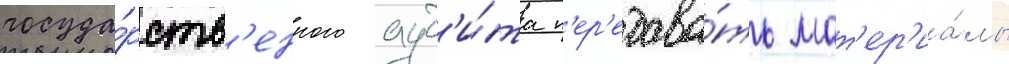
госуда́рств'енного ауд'и́та п'ер'едава́ть мат'ер'иа́лы